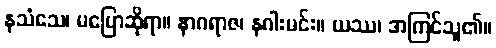
နသံသေ၊ မပြောဆိုရာ။ နာဂရာဇ၊ နဂါးမင်း။ ယဿ၊ အကြင်သူ၏။